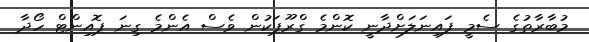
މުބާރާތުގެ ސެމީ ފައިނަލަށްދާނީ ކޮންމެ ގްރޫޕަކުން ވެސް އެންމެ ގިނަ ޕޮއިންޓް ހޯދާ